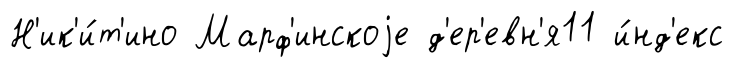
Н'ик'и́т'ино Марф'инскоjе д'ер'евн'я11 и́нд'екс